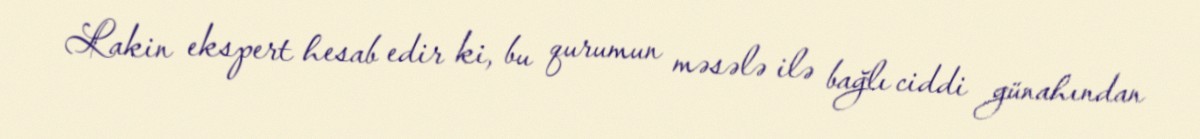
Lakin ekspert hesab edir ki, bu qurumun məsələ ilə bağlı ciddi günahından